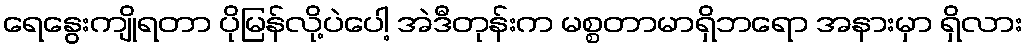
ရေနွေးကျိုရတာ ပိုမြန်လို့ပဲပေါ့ အဲဒီတုန်းက မစ္စတာမာရှိဘရော အနားမှာ ရှိလား